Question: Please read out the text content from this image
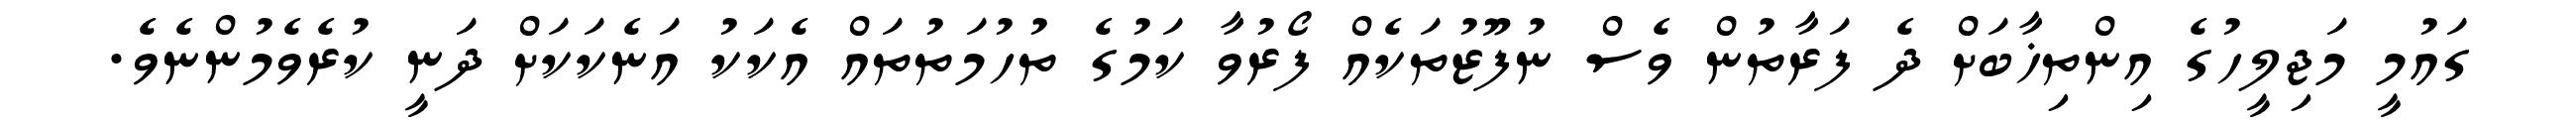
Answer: ގައުމީ މަޖިލީހުގެ އިންތިޚާބަށް ދެ ފަރާތުން ވެސް ނުފޫޒުތަކެއް ފޯރުވާ ކަމުގެ ތުހުމަތުތައް އެކަކު އަނެކަކަށް ދަނީ ކުރެވެމުންނެވެ.